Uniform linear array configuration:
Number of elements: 48
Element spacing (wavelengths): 1
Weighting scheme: hann
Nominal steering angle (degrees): -30
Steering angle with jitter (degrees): -30.1
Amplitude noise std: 0.05
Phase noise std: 0.05

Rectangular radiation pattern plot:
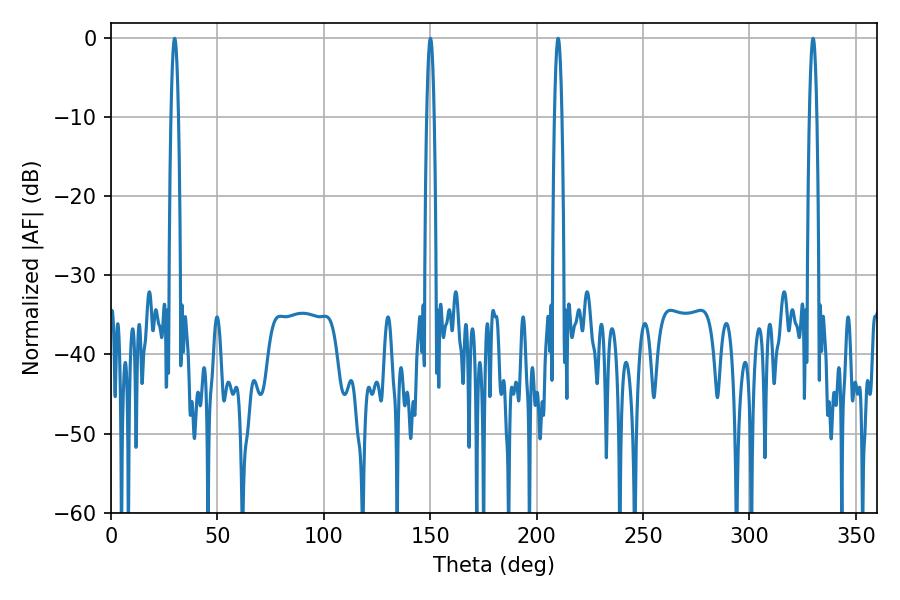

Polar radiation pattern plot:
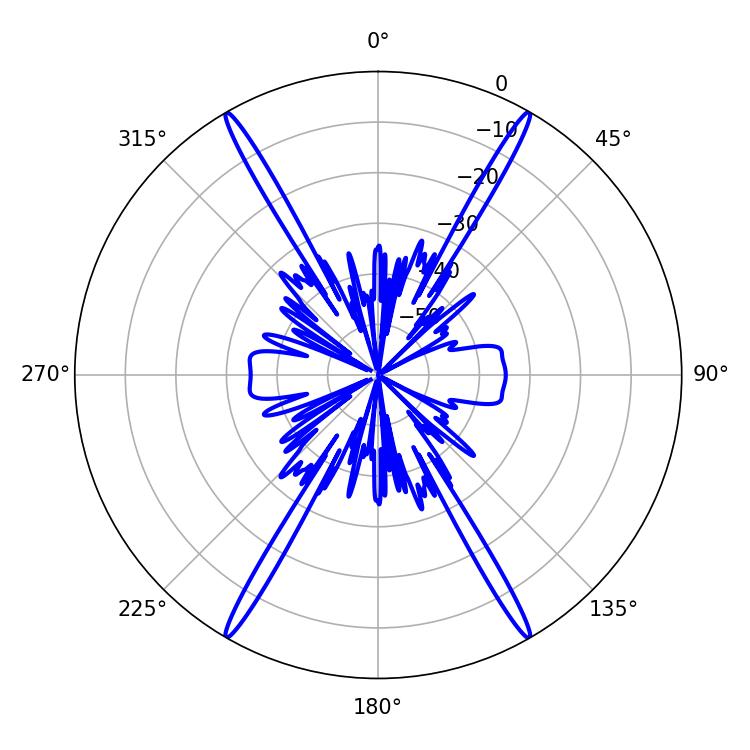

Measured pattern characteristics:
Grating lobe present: TRUE
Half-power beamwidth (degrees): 1.8
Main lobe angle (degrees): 150.12